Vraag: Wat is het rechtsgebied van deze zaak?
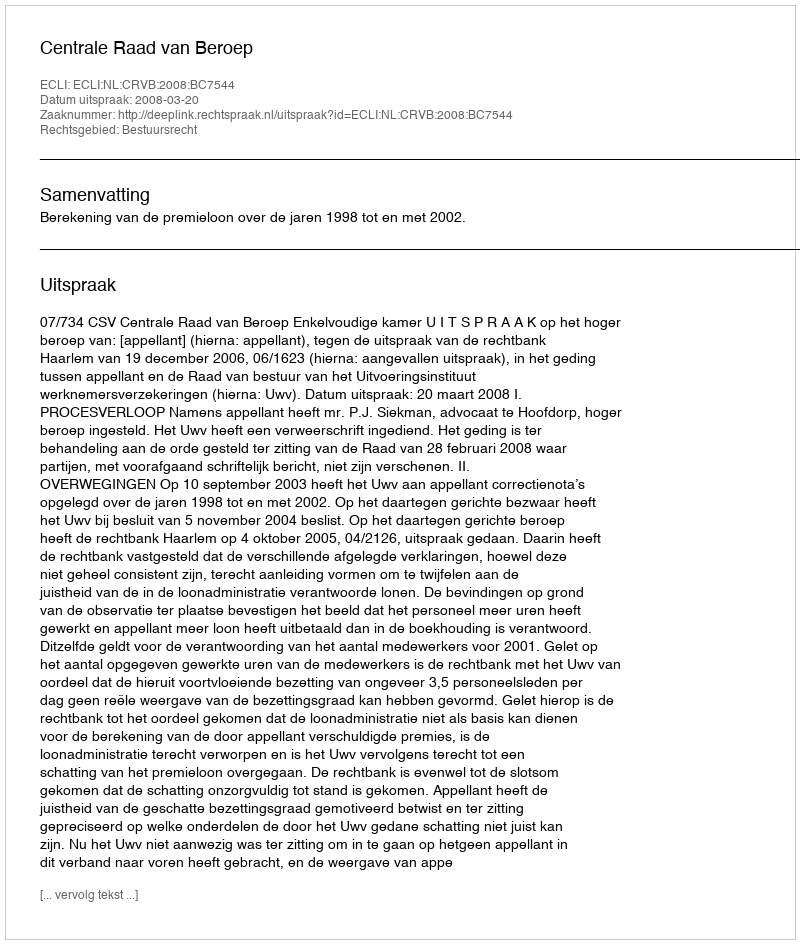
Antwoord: Bestuursrecht